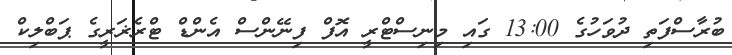
ބުރާސްފަތި ދުވަހުގެ 13:00 ގައި މިނިސްޓްރީ އޮފް ފިނޭންސް އެންޑް ޓްރެޜަރީގެ ޕަބްލިކް